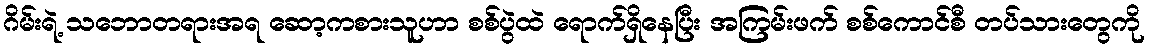
ဂိမ်းရဲ့ သဘောတရားအရ ဆော့ကစားသူဟာ စစ်ပွဲထဲ ရောက်ရှိနေပြီး အကြမ်းဖက် စစ်ကောင်စီ တပ်သားတွေကို